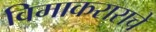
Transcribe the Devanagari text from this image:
विमाकराराचे